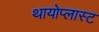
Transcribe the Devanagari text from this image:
थायोप्लास्ट